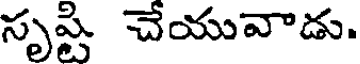
సృష్టి చేయువాడు.